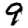
Digit: 9